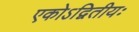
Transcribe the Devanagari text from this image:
एकोऽद्वितीयः